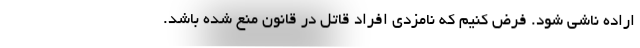
اراده ناشی شود. فرض کنیم که نامزدی افراد قاتل در قانون منع شده باشد.